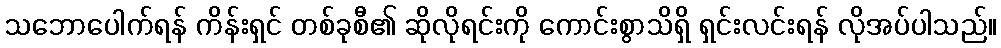
သဘောပေါက်ရန် ကိန်းရှင် တစ်ခုစီ၏ ဆိုလိုရင်းကို ကောင်းစွာသိရှိ ရှင်းလင်းရန် လိုအပ်ပါသည်။